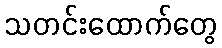
သတင်းထောက်တွေ